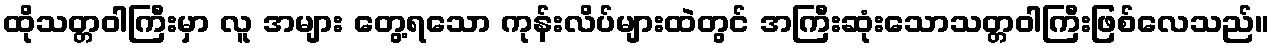
ထိုသတ္တဝါကြီးမှာ လူ အများ တွေ့ရသော ကုန်းလိပ်များထဲတွင် အကြီးဆုံးသောသတ္တဝါကြီးဖြစ်လေသည်။